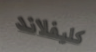
كليفلاند